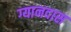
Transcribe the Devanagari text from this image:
ग्यानदास